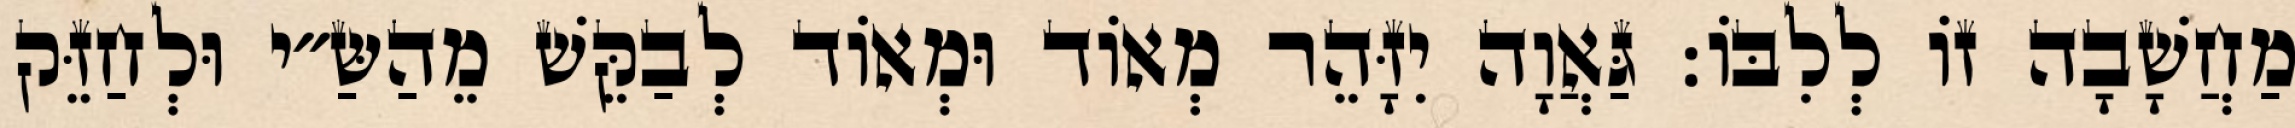
מַחֲשָׁבָה זוֹ לְלִבּוֹ: גַּאֲוָה יִזָּהֵר מְאוֹד וּמְאוֹד לְבַקֵּשׁ מֵהַשַּ״י וּלְחַזֵּק